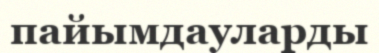
пайымдауларды